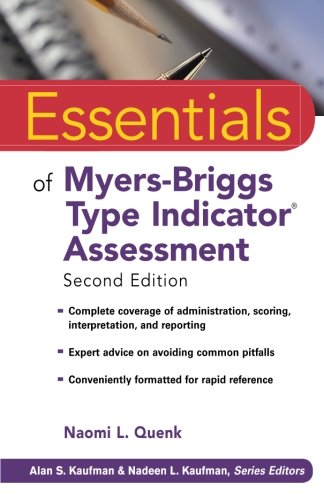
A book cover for Essentials of Myers-Briggs Type Indicator Assessment; Naomi L. Quenk; Medical Books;